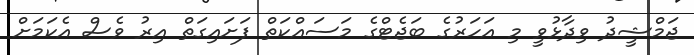
ޖަމްޝީދު ވިދާޅުވީ މި އަހަރުގެ ބަޖެޓްގެ މަސައްކަތް ފަށައިގަތް އިރު ވެސް އެކަމަށް